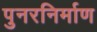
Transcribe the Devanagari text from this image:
पुनरनिर्माण